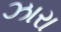
ઝારા